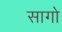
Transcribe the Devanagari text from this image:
सागो